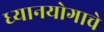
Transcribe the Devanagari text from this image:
ध्यानयोगाचे